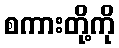
စကားတို့ကို